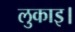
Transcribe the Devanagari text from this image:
लुकाइ।